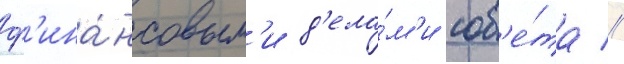
ф'ина́нсовым'и д'ела́м'и сов'е́та //